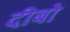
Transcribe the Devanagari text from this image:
दीबो